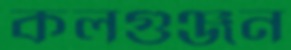
কলগুঞ্জন